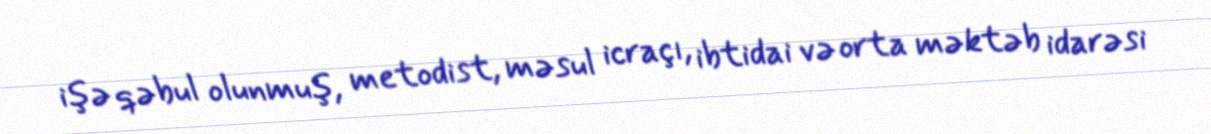
işə qəbul olunmuş, metodist, məsul icraçı, ibtidai və orta məktəb idarəsi